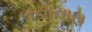
બનાનારા